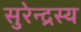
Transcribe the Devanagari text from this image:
सुरेन्द्रस्य